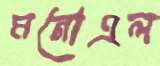
মনোএল